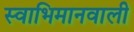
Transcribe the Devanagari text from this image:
स्वाभिमानवाली